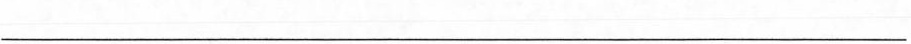
___